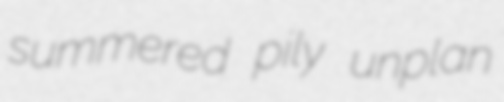
summered pily unplan